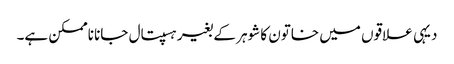
دیہی علاقوں میں خاتون کا شوہر کے بغیر ہسپتال جانا ناممکن ہے۔